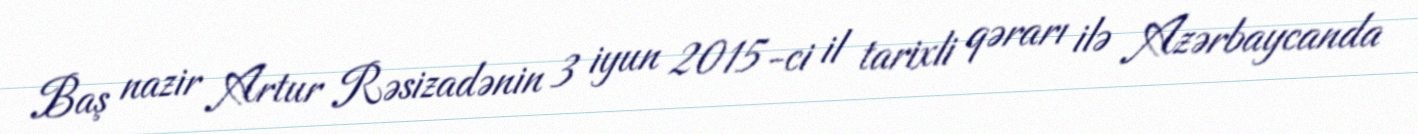
Baş nazir Artur Rəsizadənin 3 iyun 2015-ci il tarixli qərarı ilə Azərbaycanda